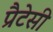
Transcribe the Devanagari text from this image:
प्रैटेसी